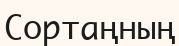
Сортаңның